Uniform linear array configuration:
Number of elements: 32
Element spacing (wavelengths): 0.75
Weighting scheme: binomial
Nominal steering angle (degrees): -15
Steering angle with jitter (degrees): -14.494
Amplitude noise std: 0.05
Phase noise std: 0.05

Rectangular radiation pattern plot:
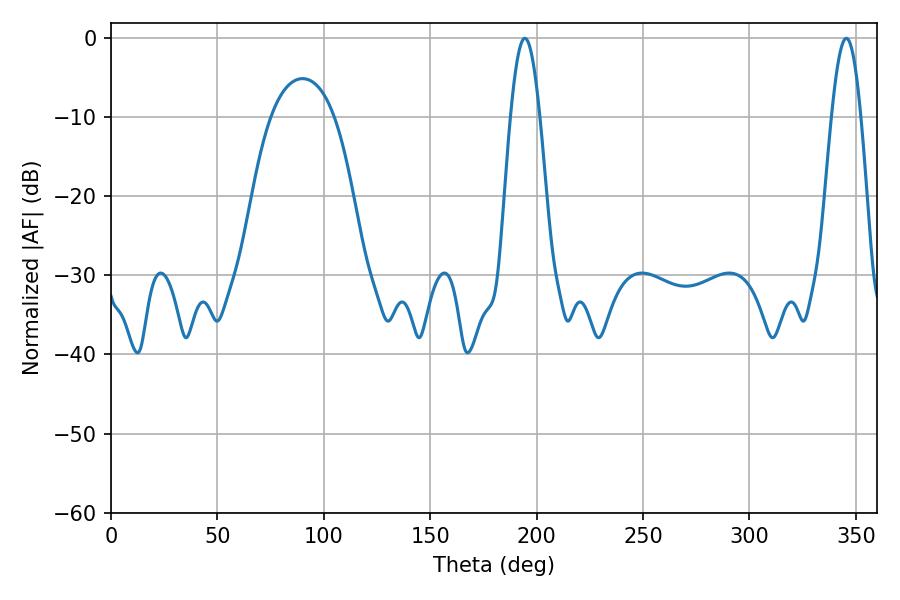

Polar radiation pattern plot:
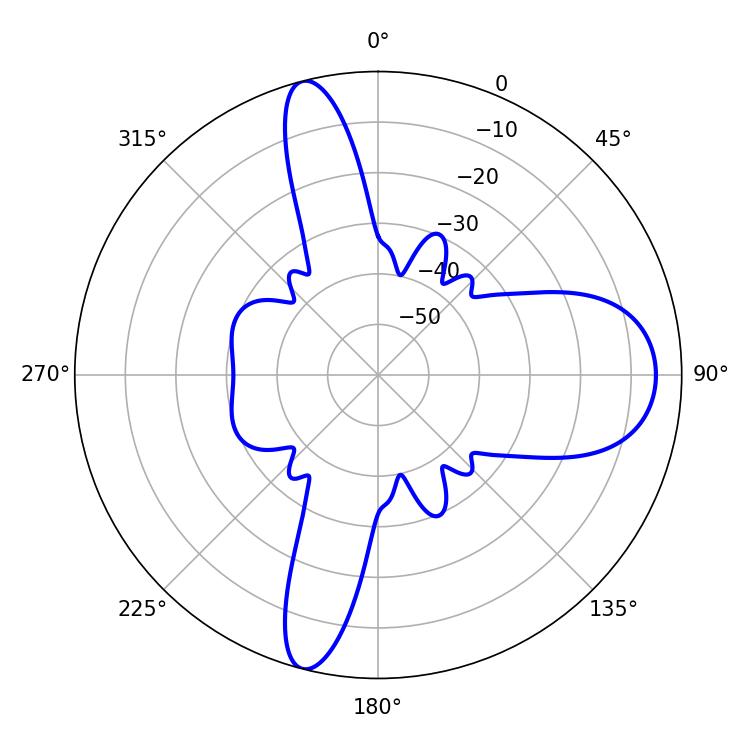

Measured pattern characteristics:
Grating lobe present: TRUE
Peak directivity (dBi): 15.2
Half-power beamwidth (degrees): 7.38
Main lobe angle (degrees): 194.4